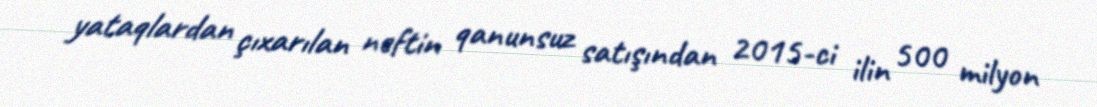
yataqlardan çıxarılan neftin qanunsuz satışından 2015-ci ilin 500 milyon